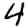
Digit: 4